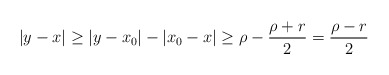
\begin{align*}|y-x| \geq |y-x_0|-|x_0-x| \geq \rho-\frac{\rho+r}{2}=\frac{\rho-r}{2}\end{align*}